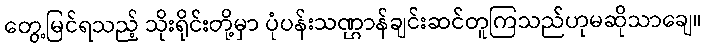
တွေ့မြင်ရသည့် သိုးရိုင်းတို့မှာ ပုံပန်းသဏ္ဌာန်ချင်းဆင်တူကြသည်ဟုမဆိုသာချေ။